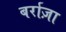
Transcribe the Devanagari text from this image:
बर्राज़ा